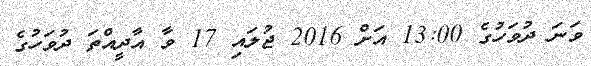
ވަނަ ދުވަހުގެ 13:00 އަށް 2016 ޖުލައި 17 ވާ އާދީއްތަ ދުވަހުގެ